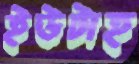
ইউটাহ